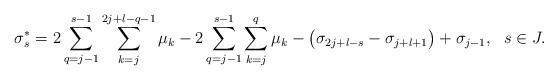
LaTeX: \begin{align*}\sigma_{s}^{*}=2\sum\limits_{q=j-1}^{s-1}\sum\limits_{k=j}^{2j+l-q-1}\mu_{k}-2\sum\limits_{q=j-1}^{s-1}\sum\limits_{k=j}^{q}\mu_{k}-\big(\sigma_{2j+l-s}-\sigma_{j+l+1}\big)+\sigma_{j-1}, \ \ s\in J.\end{align*}